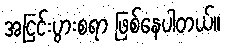
အငြင်းပွားစရာ ဖြစ်နေပါတယ်။